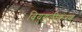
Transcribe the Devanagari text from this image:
वियुगलीकरण